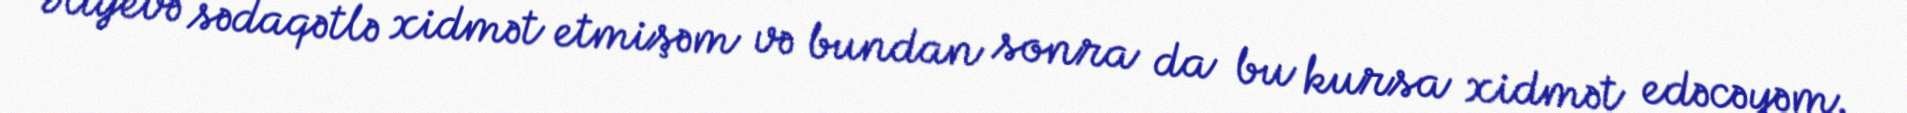
Əliyevə sədaqətlə xidmət etmişəm və bundan sonra da bu kursa xidmət edəcəyəm.